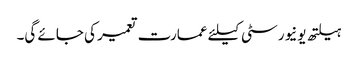
ہیلتھ یونیورسٹی کیلئے عمارت تعمیر کی جائے گی۔